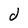
Character: d